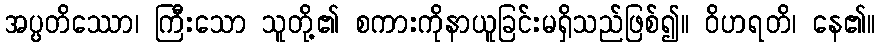
အပ္ပတိဿော၊ ကြီးသော သူတို့၏ စကားကိုနာယူခြင်းမရှိသည်ဖြစ်၍။ ဝိဟရတိ၊ နေ၏။